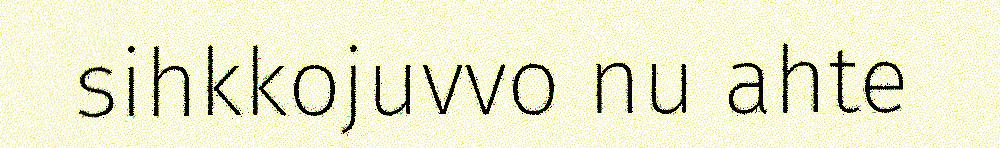
sihkkojuvvo nu ahte